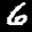
Label: 6